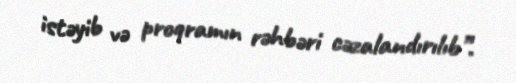
istəyib və proqramın rəhbəri cəzalandırılıb”.